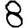
Digit: 8